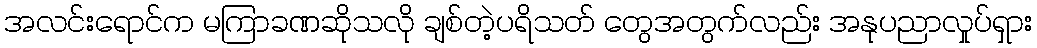
အလင်းရောင်က မကြာခဏဆိုသလို ချစ်တဲ့ပရိသတ် တွေအတွက်လည်း အနုပညာလှုပ်ရှား